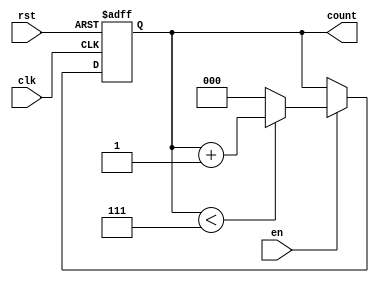
module binary_up_counter #(
    parameter WIDTH = 3  // Define the width of the counter (number of bits)
) (
    input wire clk,      // Clock signal
    input wire rst,      // Asynchronous reset signal
    input wire en,       // Enable signal
    output reg [WIDTH-1:0] count // Current count value output
);

    // Maximum count value
    localparam MAX_COUNT = (1 << WIDTH) - 1; // 2^WIDTH - 1

    // Sequential logic for counting
    always @(posedge clk or posedge rst) begin
        if (rst) begin
            count <= 0; // Reset counter to 0
        end else if (en) begin
            if (count < MAX_COUNT) begin
                count <= count + 1; // Increment count
            end else begin
                count <= 0; // Wrap around to 0
            end
        end
        // If enable is low, retain current count value
    end

endmodule